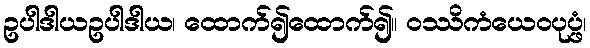
ဥပါဒါယဥပါဒါယ၊ ထောက်၍ထောက်၍။ ဝဿိကံယေဝပုပ္ဖံ၊